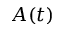
A ( t )